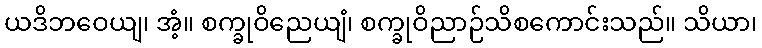
ယဒိဘဝေယျ၊ အံ့။ စက္ခုဝိညေယျံ၊ စက္ခုဝိညာဉ်သိစကောင်းသည်။ သိယာ၊